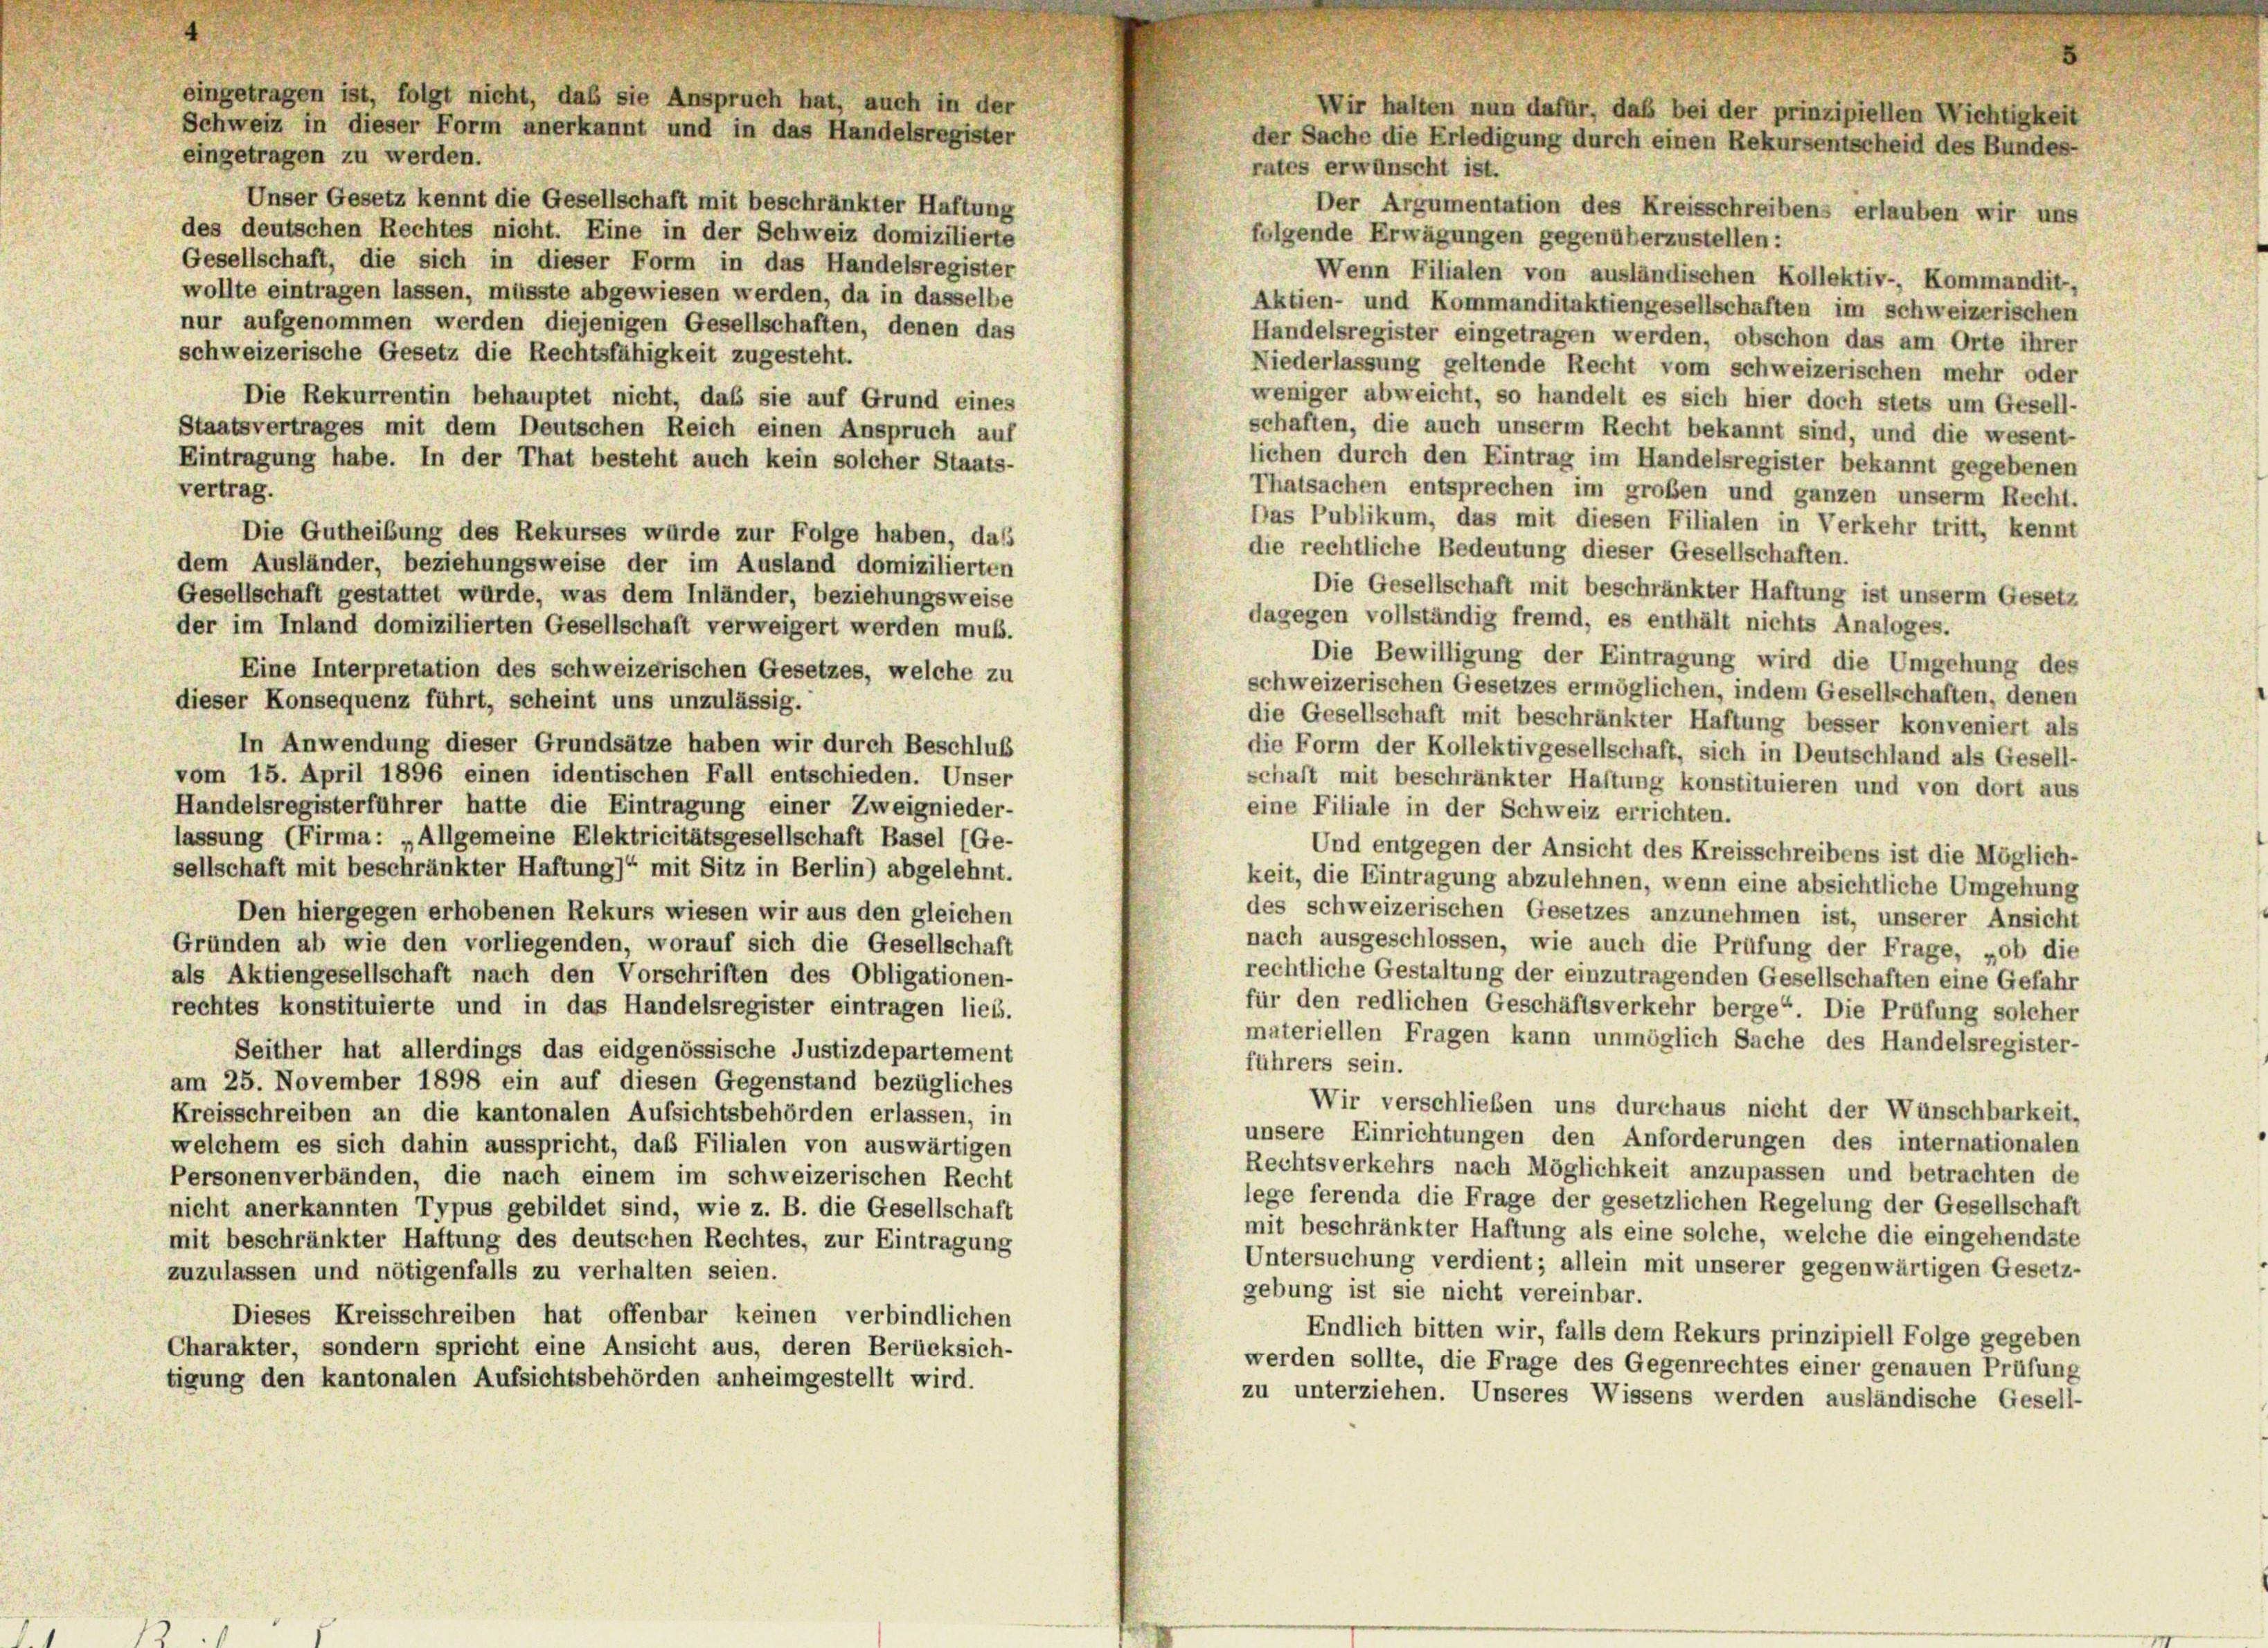
eingetragen zu werden.
Unser Gesetz kennt die Gesellschaft mit beschränkter Haftung
des deutschen Rechtes nicht. Eine in der Schweiz domizilierte
folgende Erwägungen gegenüberzustellen:
Gesellschaft, die sich in dieser Form in das Handelsregister
Wenn Filialen von ausländischen Kollektiv-, Kommandit,
wollte eintragen lassen, müsste abgewiesen werden, da in dasselbe
Aktien- und Kommanditaktiengesellschaften im schweizerischen
nur aufgenommen werden diejenigen Gesellschaften, denen das
Handelsregister eingetragen werden, obschon das am Orte ihrer
schweizerische Gesetz die Rechtsfähigkeit zugesteht.
Niederlassung geltende Recht vom schweizerischen mehr oder
weniger abweicht, so handelt es sich hier doch stets um Gesell-
Die Rekurrentin behauptet nicht, daß sie auf Grund eines
Staatsvertrages mit dem Deutschen Reich einen Anspruch auf
schaften, die auch unserm Recht bekannt sind, und die wesent
lichen durch den Eintrag im Handelsregister bekannt gegebenen
Eintragung habe. In der That besteht auch kein solcher Staats-
vertrag.
Thatsachen entsprechen im großen und ganzen unserm Recht.
Das Publikum, das mit diesen Filialen in Verkehr tritt, kennt
Die Gutheibung des Rekurses würde zur Folge haben, das
die rechtliche Bedeutung dieser Gesellschaften.
dem Ausländer, beziehungsweise der im Ausland domizilierten
Die Gesellschaft mit beschränkter Haftung ist unserm Gesetz
Gesellschaft gestattet wurde, was dem Inländer, beziehungsweise
dagegen vollständig fremd, es enthält nichts Analoges.
der im Inland domizilierten Gesellschaft verweigert werden muß.
Die Bewilligung der Eintragung wird die Umgehung des
Eine Interpretation des schweizerischen Gesetzes, welche zu
schweizerischen Gesetzes ermöglichen, indem Gesellschaften, denen
dieser Konsequenz führt, scheint uns unzulässig.
die Gesellschaft mit beschränkter Haftung besser konveniert als
In Anwendung dieser Grundsätze haben wir durch Beschluß
die Form der Kollektivgesellschaft, sich in Deutschland als Gesell-
vom 15. April 1896 einen identischen Fall entschieden. Unser
schaft mit beschränkter Haftung konstituieren und von dort aus
Handelsregisterführer hatte die Eintragung einer Zweignieder-
eine Filiale in der Schweiz errichten.
lassung (Firma: „Allgemeine Elektricitätsgesellschaft Basel (Ge-
Und entgegen der Ansicht des Kreisschreibens ist die Möglich-
sellschaft mit beschränkter Haftung)“ mit Sitz in Berlin) abgelehnt.
keit, die Eintragung abzulehnen, wenn eine absichtliche Umgehung
Den hiergegen erhobenen Rekurs wiesen wir aus den gleichen
des schweizerischen Gesetzes anzunehmen ist, unserer Ansicht
nach ausgeschlossen, wie auch die Prüfung der Frage, „ob die
Gründen ab wie den vorliegenden, worauf sich die Gesellschaft
rechtliche Gestaltung der einzutragenden Gesellschaften eine Gefahr
als Aktiengesellschaft nach den Vorschriften des Obligationen-
für den redlichen Geschäftsverkehr berge“. Die Prüfung solcher
rechtes konstituierte und in das Handelsregister eintragen lieb.
materiellen Fragen kann unmöglich Sache des Handelsregister-
Seither hat allerdings das eidgenössische Justizdepartement
führers sein.
am 25. November 1898 ein auf diesen Gegenstand bezügliches
Wir verschließen uns durchaus nicht der Wünschbarkeit
Kreisschreiben an die kantonalen Aufsichtsbehörden erlassen, in
unsere Einrichtungen den Anforderungen des internationalen
welchem es sich dahin ausspricht, das Filialen von auswärtigen
Rechtsverkehrs nach Möglichkeit anzupassen und betrachten de
Personenverbänden, die nach einem im schweizerischen Recht
lege ferenda die Frage der gesetzlichen Regelung der Gesellschaft
nicht anerkannten Typus gebildet sind, wie z. B. die Gesellschaft
mit beschränkter Haftung als eine solche, welche die eingehendste
mit beschränkter Haftung des deutschen Rechtes, zur Eintragung
Untersuchung verdient; allein mit unserer gegenwärtigen Gesetz-
zuzulassen und nötigenfalls zu verhalten seien.
gebung ist sie nicht vereinbar.
Dieses Kreisschreiben hat offenbar keinen verbindlichen
Endlich bitten wir, falls dem Rekurs prinzipiell Folge gegeben
Charakter, sondern spricht eine Ansicht aus, deren Berücksich-
werden sollte, die Frage des Gegenrechtes einer genauen Prüfung
tigung den kantonalen Aufsichtsbehörden anheimgestellt wird.
zu unterziehen. Unseres Wissens werden ausländische Gesell-

eingetragen ist, folgt nicht, daß sie Anspruch hat, auch in der
Schweiz in dieser Form anerkannt und in das Handelsregister

Wir halten nun dafür, daß bei der prinzipiellen Wichtigkeit
der Sache die Erledigung durch einen Rekursentscheid des Bundes-
rates erwünscht ist.
Der Argumentation des Kreisschreibens erlauben wir uns